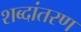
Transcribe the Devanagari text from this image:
शब्दांतरण